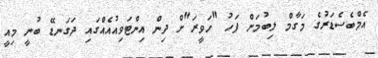
އެމްބެސެޑަރުގެ މަގާމް ލިބުމަށް ފަހު "ހަވީރަ"ށް ދިން އިންޓަވިއުއެއްގައި ދަގަނޑޭ ބުނީ މިއީ